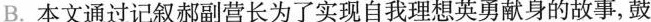
B. 本文通过记叙郝副营长为了实现自我理想英勇献身的故事，鼓